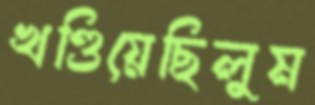
খণ্ডিয়েছিলুম